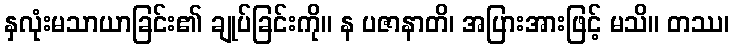
နှလုံးမသာယာခြင်း၏ ချုပ်ခြင်းကို။ န ပဇာနာတိ၊ အပြားအားဖြင့် မသိ။ တဿ၊